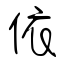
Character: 依